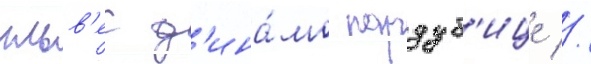
ильв'ес д'ина́мо пардуб'ице //